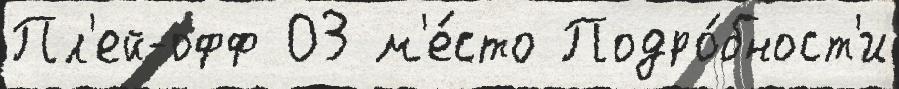
Пл'ей-офф 03 м'е́сто Подро́бност'и